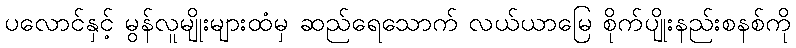
ပလောင်နှင့် မွန်လူမျိုးများထံမှ ဆည်ရေသောက် လယ်ယာမြေ စိုက်ပျိုးနည်းစနစ်ကို